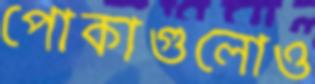
পোকাগুলোও